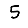
Digit: 5